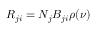
R _ { j i } = N _ { j } B _ { j i } \rho ( \nu )